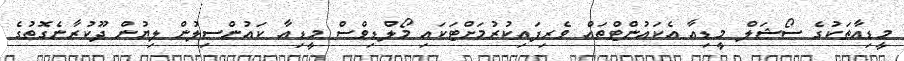
މީޑިއާތަކުގެ ސޯޝަލް މީޑިއާ އެކައުންޓްތައް ވެރިފައިކުރުމަށްޓަކައި މޯލްޑިވްސް މީޑިއާ ކައުންސިލުން ލިޔުން ދޫކުރާނެގޮތުގެ